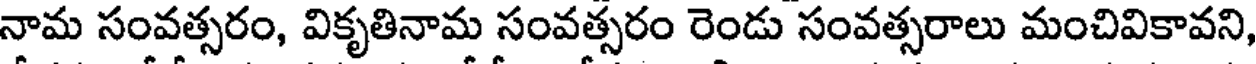
నామ సంవత్సరం, వికృతినామ సంవత్సరం రెండు సంవత్సరాలు మంచివికావని,